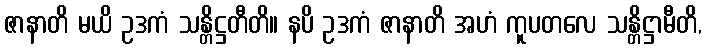
ဇာနာတိ မယိ ဥဒကံ သန္တိဋ္ဌတီတိ။ နပိ ဥဒကံ ဇာနာတိ အဟံ ကူပတလေ သန္တိဋ္ဌာမီတိ,